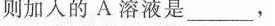
则加入的A溶液是___，